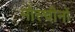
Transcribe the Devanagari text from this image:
मोस्चीनो